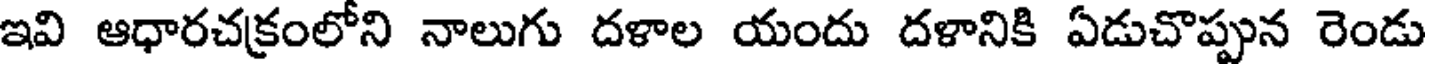
ఇవి ఆధారచక్రంలోని నాలుగు దళాల యందు దళానికి ఏడుచొప్పున రెండు